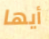
أيها